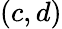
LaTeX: (c,d)